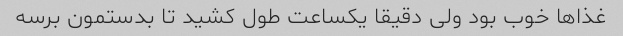
غذاها خوب بود ولی دقیقا یکساعت طول کشید تا بدستمون برسه